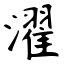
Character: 濯